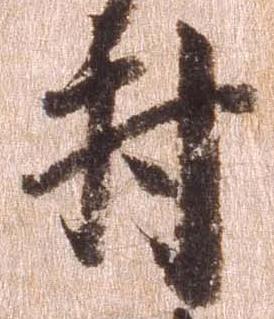
村